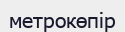
метрокөпір